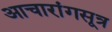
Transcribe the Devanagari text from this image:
आचारांगसूत्र